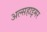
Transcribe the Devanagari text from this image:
अल्सहाइमर